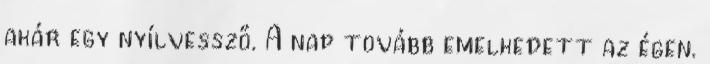
akár egy nyílvessző. A nap tovább emelkedett az égen.